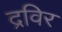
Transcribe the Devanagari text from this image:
द्रविर